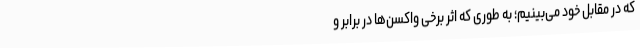
که در مقابل خود می‌بینیم؛ به طوری که اثر برخی واکسن‌ها در برابر و